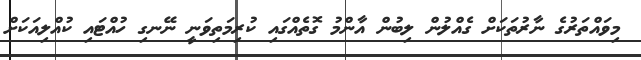
މިވައްތަރުގެ ނާރުތަކަށް ގެއްލުން ލިބުން އާންމު ގޮތެއްގައި ކުރިމަތިވަނީ ނޭނގި ހުއްޓައި ކުއްލިއަކަށް